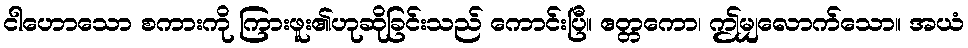
ငါဟောသော စကားကို ကြားဖူး၏ဟုဆိုခြင်းသည် ကောင်းပြီ။ ဧတ္တကော၊ ဤမျှလောက်သော။ အယံ